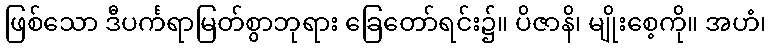
ဖြစ်သော ဒီပင်္ကရာမြတ်စွာဘုရား ခြေတော်ရင်း၌။ ပိဇာနိ၊ မျိုးစေ့ကို။ အဟံ၊